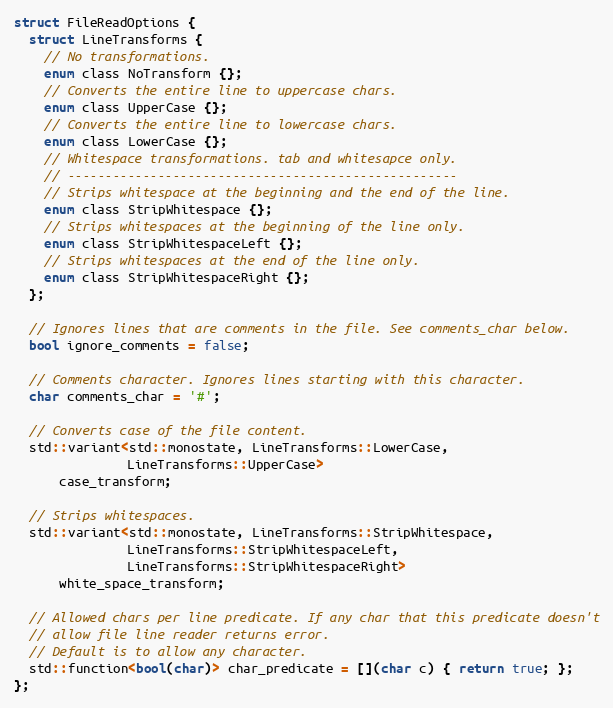
Language: C
struct FileReadOptions {
  struct LineTransforms {
    // No transformations.
    enum class NoTransform {};
    // Converts the entire line to uppercase chars.
    enum class UpperCase {};
    // Converts the entire line to lowercase chars.
    enum class LowerCase {};
    // Whitespace transformations. tab and whitesapce only.
    // ----------------------------------------------------
    // Strips whitespace at the beginning and the end of the line.
    enum class StripWhitespace {};
    // Strips whitespaces at the beginning of the line only.
    enum class StripWhitespaceLeft {};
    // Strips whitespaces at the end of the line only.
    enum class StripWhitespaceRight {};
  };

  // Ignores lines that are comments in the file. See comments_char below.
  bool ignore_comments = false;

  // Comments character. Ignores lines starting with this character.
  char comments_char = '#';

  // Converts case of the file content.
  std::variant<std::monostate, LineTransforms::LowerCase,
               LineTransforms::UpperCase>
      case_transform;

  // Strips whitespaces.
  std::variant<std::monostate, LineTransforms::StripWhitespace,
               LineTransforms::StripWhitespaceLeft,
               LineTransforms::StripWhitespaceRight>
      white_space_transform;

  // Allowed chars per line predicate. If any char that this predicate doesn't
  // allow file line reader returns error.
  // Default is to allow any character.
  std::function<bool(char)> char_predicate = [](char c) { return true; };
};